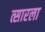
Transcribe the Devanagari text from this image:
त्सारला